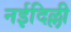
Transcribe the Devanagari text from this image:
नईदिल्ली